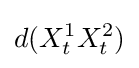
d(X_{t}^{1}X_{t}^{2})